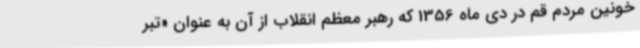
خونین مردم قم در دی ماه 1356 که رهبر معظم انقلاب از آن به عنوان «تبر